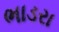
ભાડરા